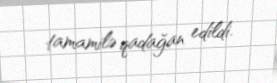
tamamilə qadağan edildi.